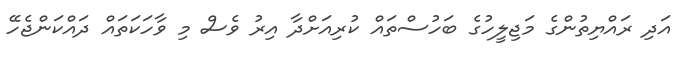
އަދި ރައްޔިތުންގެ މަޖިލީހުގެ ބަހުސްތައް ކުރިއަށްދާ އިރު ވެސް މި ވާހަކަތައް ދައްކަންޖެހޭ